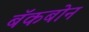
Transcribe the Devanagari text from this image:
बॅकबोन